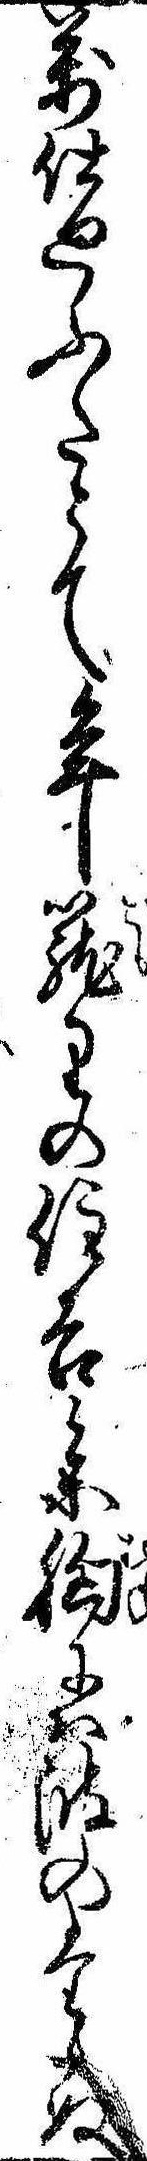
万仕廻ふたとて年篭りの住吉参胸には波のたゝぬ